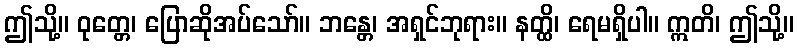
ဤသို့။ ဝုတ္တေ၊ ပြောဆိုအပ်သော်။ ဘန္တေ၊ အရှင်ဘုရား။ နတ္ထိ၊ ရေမရှိပါ။ ဣတိ၊ ဤသို့။